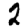
Digit: 2